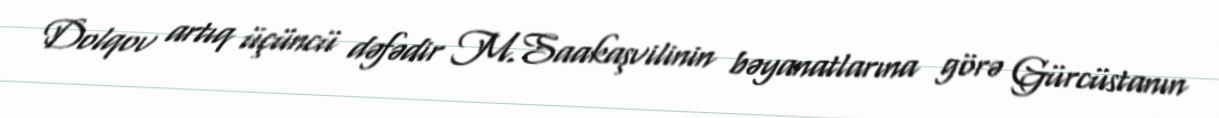
Dolqov artıq üçüncü dəfədir M.Saakaşvilinin bəyanatlarına görə Gürcüstanın